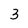
Character: 3